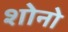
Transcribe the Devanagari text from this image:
शोनो